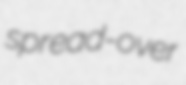
spread-over